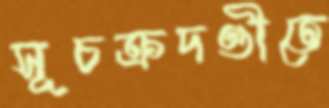
সূচক্রদণ্ডীতে